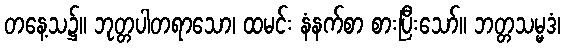
တနေ့သ၌။ ဘုတ္တပါတရာသော၊ ထမင်း နံနက်စာ စားပြီးသော်။ ဘတ္တသမ္မဒံ၊